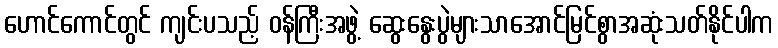
ဟောင်ကောင်တွင် ကျင်းပသည့် ဝန်ကြီးအဖွဲ့ ဆွေးနွေးပွဲများသာအောင်မြင်စွာအဆုံးသတ်နိုင်ပါက